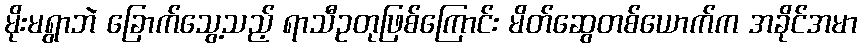
မိုးမရွာဘဲ ခြောက်သွေ့သည့် ရာသီဥတုဖြစ်ကြောင်း မိတ်ဆွေတစ်ယောက်က အခိုင်အမာ